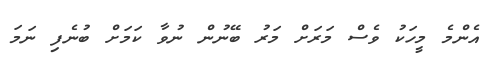
އެންމެ މީހަކު ވެސް މަރަށް މަރު ބޭނުން ނުވާ ކަމަށް ބުނެފި ނަމަ